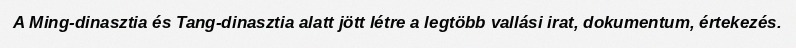
A Ming-dinasztia és Tang-dinasztia alatt jött létre a legtöbb vallási irat, dokumentum, értekezés.